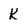
Character: k